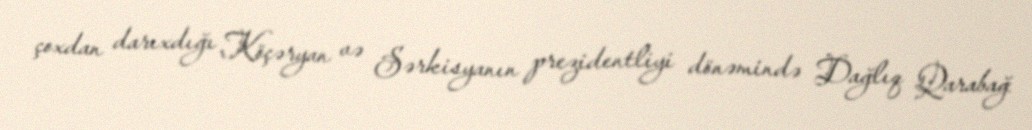
çoxdan darıxdığı Köçəryan və Sərkisyanın prezidentliyi dönəmində Dağlıq Qarabağ